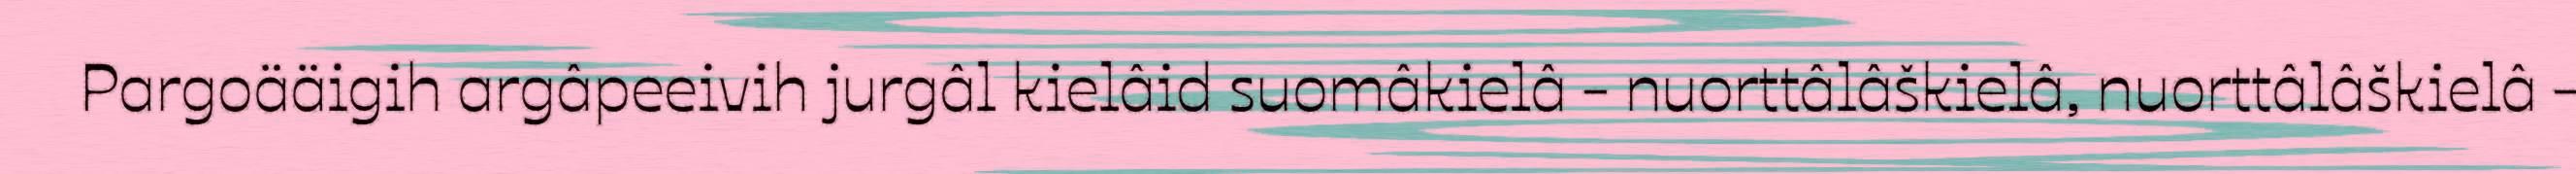
Pargoääigih argâpeeivih jurgâl kielâid suomâkielâ - nuorttâlâškielâ, nuorttâlâškielâ -